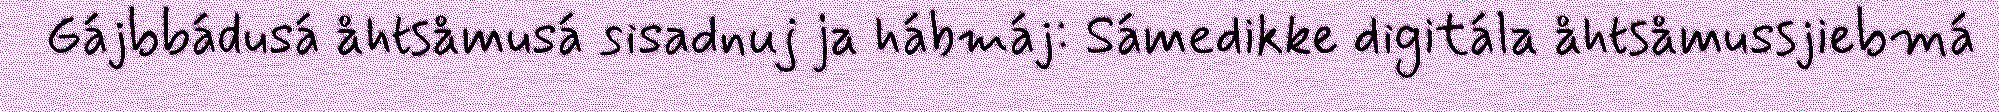
Gájbbádusá åhtsåmusá sisadnuj ja hábmáj: Sámedikke digitála åhtsåmussjiebmá